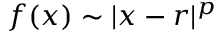
f ( x ) \sim | x - r | ^ { p }